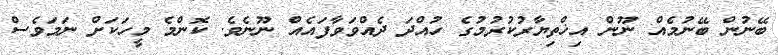
ބޭނުން ބޭނުމެއް ނޫން އިޚްތިޔާރުކުރުމުގެ ހުއްދަ ދެއްވަވާފައެއް ނޫނެވެ. ކޮންމެ މީހަކަށް ނަމަވެސް